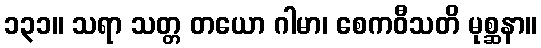
၁၃၁။ သရာ သတ္တ တယော ဂါမာ၊ စေကဝီသတိ မုစ္ဆနာ။